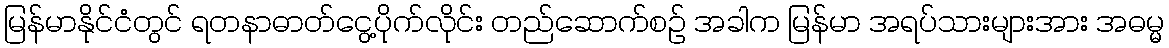
မြန်မာနိုင်ငံတွင် ရတနာဓာတ်ငွေ့ပိုက်လိုင်း တည်ဆောက်စဉ် အခါက မြန်မာ အရပ်သားများအား အဓမ္မ